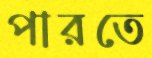
পারতে